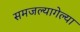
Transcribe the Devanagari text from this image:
समजल्यागेल्या